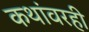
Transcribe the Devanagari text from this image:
कथांवरही